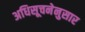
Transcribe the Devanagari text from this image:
अधिसूचनेनुसार